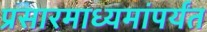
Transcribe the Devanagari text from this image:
प्रसारमाध्यमांपर्यंत